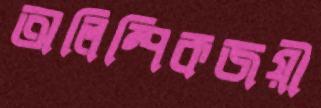
অলিম্পিকজয়ী